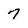
Character: 7